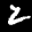
Label: 2